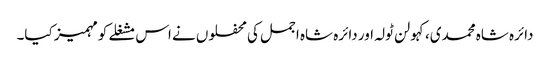
دائرہ شاہ محمدی،کہولن ٹولہ اور دائرہ شاہ اجمل کی محفلوں نے اس مشغلے کومہمیز کیا۔